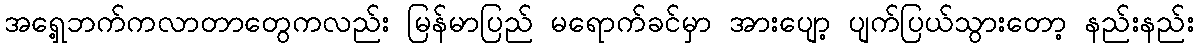
အရှေ့ဘက်ကလာတာတွေကလည်း မြန်မာပြည် မရောက်ခင်မှာ အားပျော့ ပျက်ပြယ်သွားတော့ နည်းနည်း